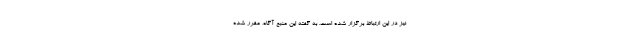
نيز در اين ارتباط برگزار شده است. به گفته اين منبع آگاه، مقرر شده